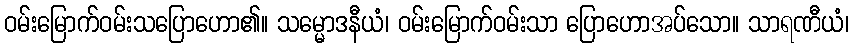
ဝမ်းမြောက်ဝမ်းသပြောဟော၏။ သမ္မောဒနီယံ၊ ဝမ်းမြောက်ဝမ်းသာ ပြောဟောအပ်သော။ သာရဏီယံ၊